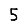
Digit: 5